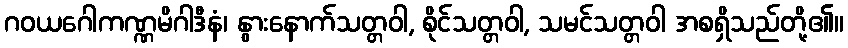
ဂဝယဂေါကဏ္ဏမိဂါဒီနံ၊ နွားနောက်သတ္တဝါ, စိုင်သတ္တဝါ, သမင်သတ္တဝါ အစရှိသည်တို့၏။